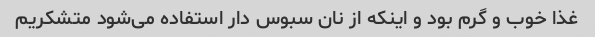
غذا خوب و گرم بود و اینکه از نان سبوس دار استفاده می‌شود متشکریم